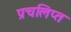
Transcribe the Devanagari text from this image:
प्रचलिप्त